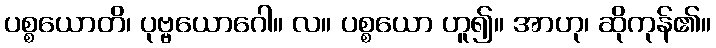
ပစ္စယောတိ၊ ပုဗ္ဗယောဂေါ။ လ။ ပစ္စယော ဟူ၍။ အာဟု၊ ဆိုကုန်၏။